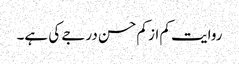
روایت کم از کم حسن درجے کی ہے۔